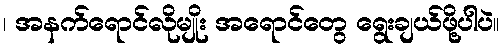
၊ အနက်ရောင်လိုမျိုး အရောင်တွေ ရွေးချယ်ဖို့ပါပဲ။